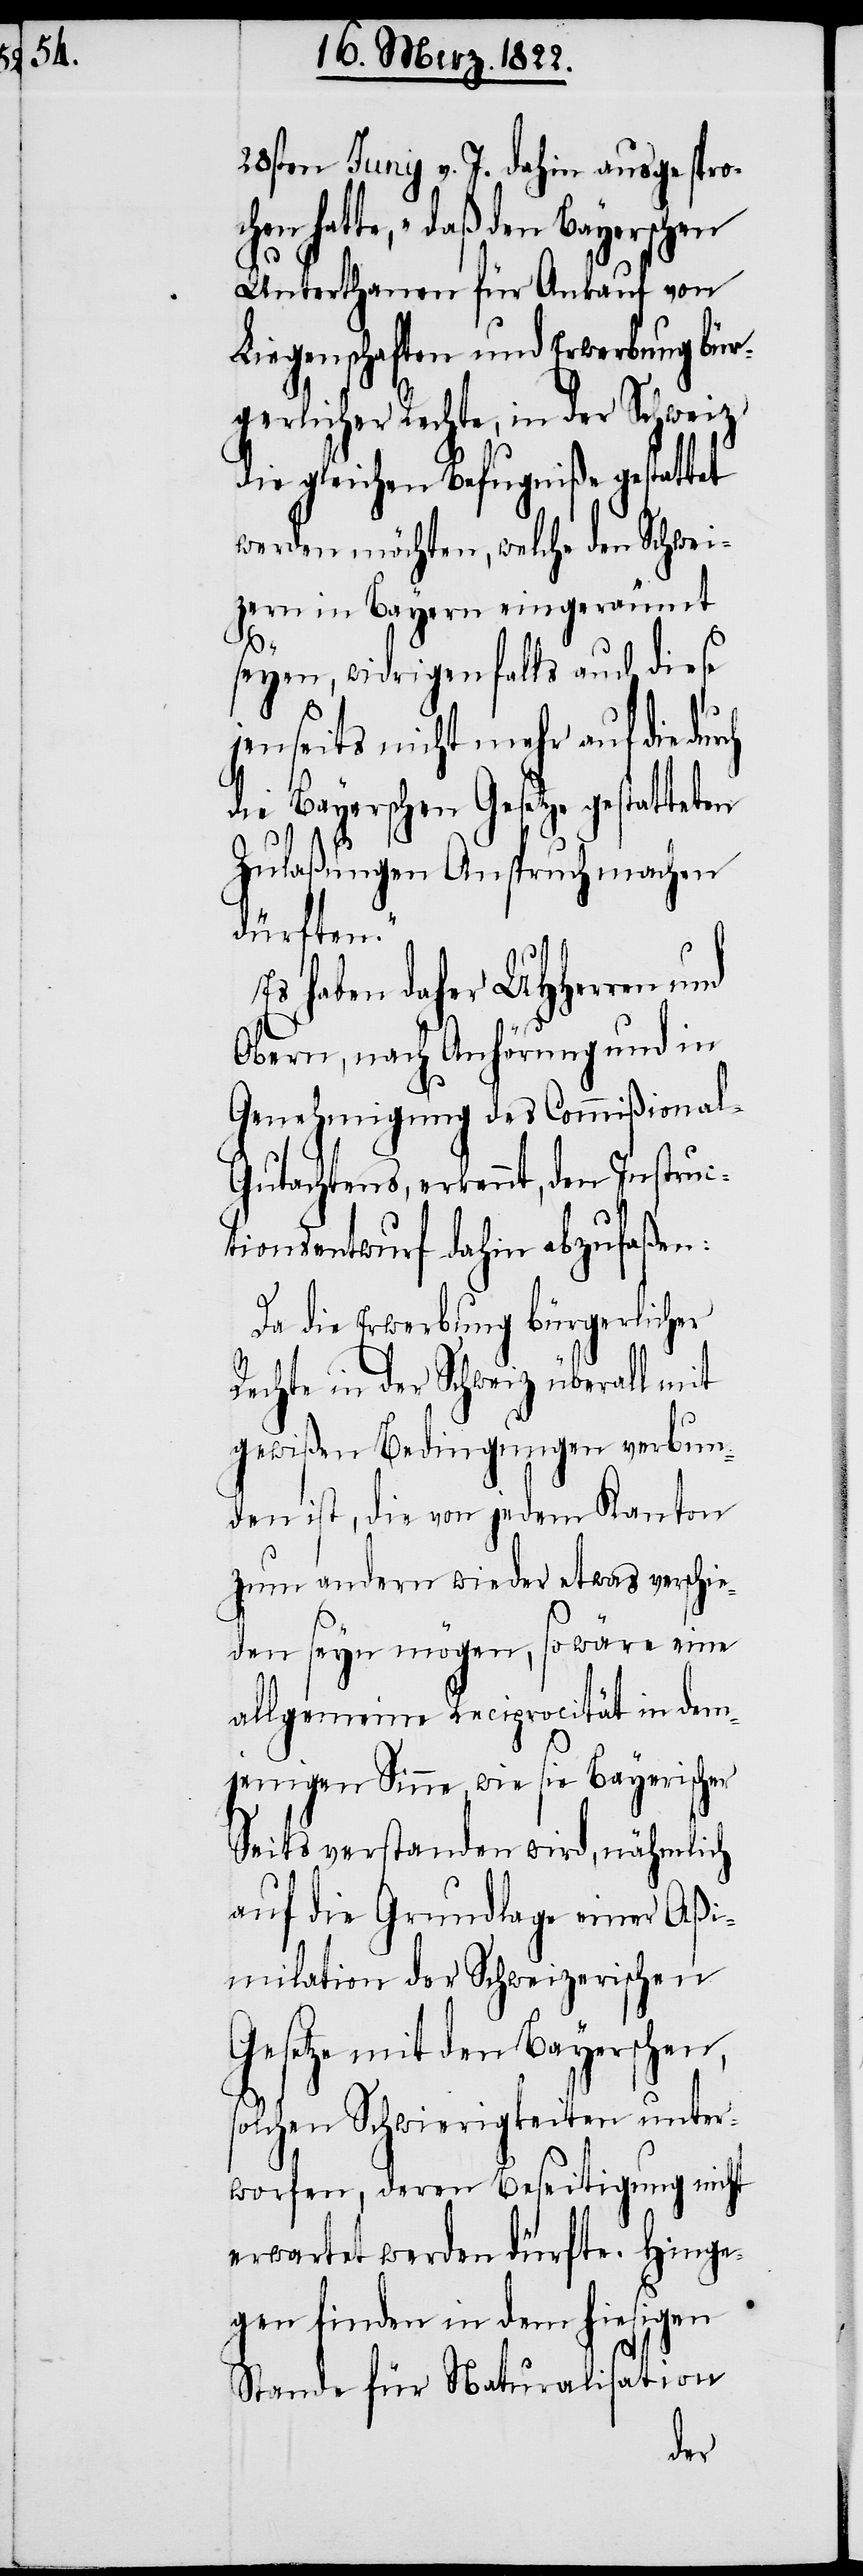
28sten Juny v. J. dahin ausgesproc¬
hatte, „daß den Bayerschen
Unterthanen für Ankauf von
Liegenschaften und Erwerbung bür¬
gerlicher Rechte, in der Schweiz,
gleichen Befugniße gestat¬
werden möchten, welche den Schwei¬
zern in Bayern eingeräumt
rch
seyen, widrigenfalls auch diese
jenseits nicht mehr auf die du¬
die Bayerschen Gesetze gestatteten
Zulaßungen Anspruch machen
dürften.“
haben daher UHHerren und
Obern, nach Anhörung und in
Genehmigung des Commißional-G¬
utachtens, erkennt, den Instruc¬
tionsentwurf dahin abzufaßen:
Da die Erwerbung bürgerlicher
Rechte in der Schweiz überall mit
gewißen Bedingungen verbun¬
den ist, die von jedem Kanton
zum andern wieder etwas verschie¬
den seyn mögen, so wäre eine
allgemeine Reciprocität in dem¬
jenigen Sinne, wie sie Bayerischer
Seits verstanden wird, nähmlich
auf die Grundlage einer Aßi¬
milation der Schweizerischen
Gesetze mit den Bayerschen,
solchen Schwierigkeiten unter¬
worfen, deren Beseitigung nicht
erwartet werden dürfte. Hinge¬
gen finden in dem hiesigen
Stande für Naturalisation
hen